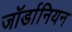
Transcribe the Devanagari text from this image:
जॉर्डानियन